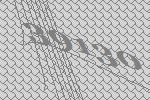
39130